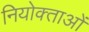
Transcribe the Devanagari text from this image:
नियोक्‍ताओं